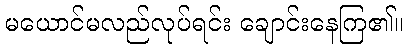
မယောင်မလည်လုပ်ရင်း ချောင်းနေကြ၏။